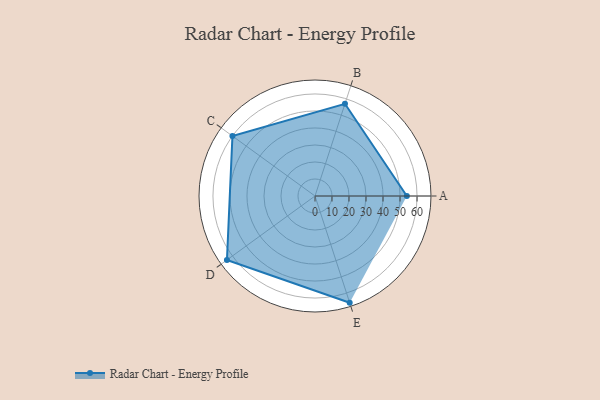
{"axis": {"x": "Skill", "y": "Score"}, "legend": ["Profile"], "data": [{"x": "A", "y": 54.0, "type": "Profile"}, {"x": "B", "y": 57.0, "type": "Profile"}, {"x": "C", "y": 60.0, "type": "Profile"}, {"x": "D", "y": 64.0, "type": "Profile"}, {"x": "E", "y": 66.0, "type": "Profile"}]}